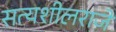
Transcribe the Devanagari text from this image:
सत्यशीलराजे